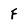
Character: F